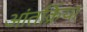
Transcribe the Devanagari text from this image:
आंतर्क्रिया